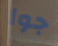
جوا